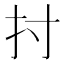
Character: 𢩭